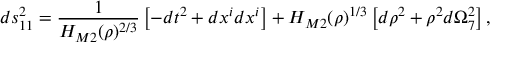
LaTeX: d s _ { 1 1 } ^ { 2 } = \frac { 1 } { H _ { M 2 } ( \rho ) ^ { 2 / 3 } } \left[ - d t ^ { 2 } + d x ^ { i } d x ^ { i } \right] + H _ { M 2 } ( \rho ) ^ { 1 / 3 } \left[ d \rho ^ { 2 } + \rho ^ { 2 } d \Omega _ { 7 } ^ { 2 } \right] ,